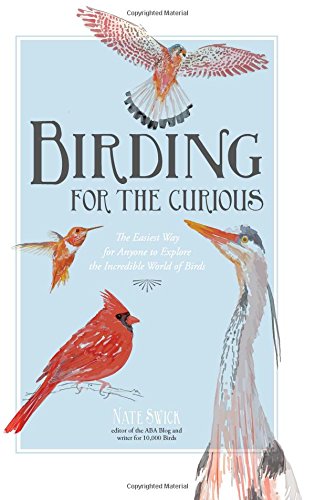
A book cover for Birding for the Curious: The Easiest Way for Anyone to Explore the Incredible World of Birds; Nate Swick; Science & Math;